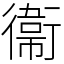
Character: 衞